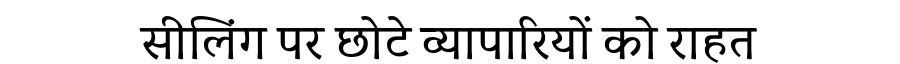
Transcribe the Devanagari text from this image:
सीलिंग पर छोटे व्यापारियों को राहत